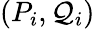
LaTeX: (P_{i},\mathcal{Q}_{i})